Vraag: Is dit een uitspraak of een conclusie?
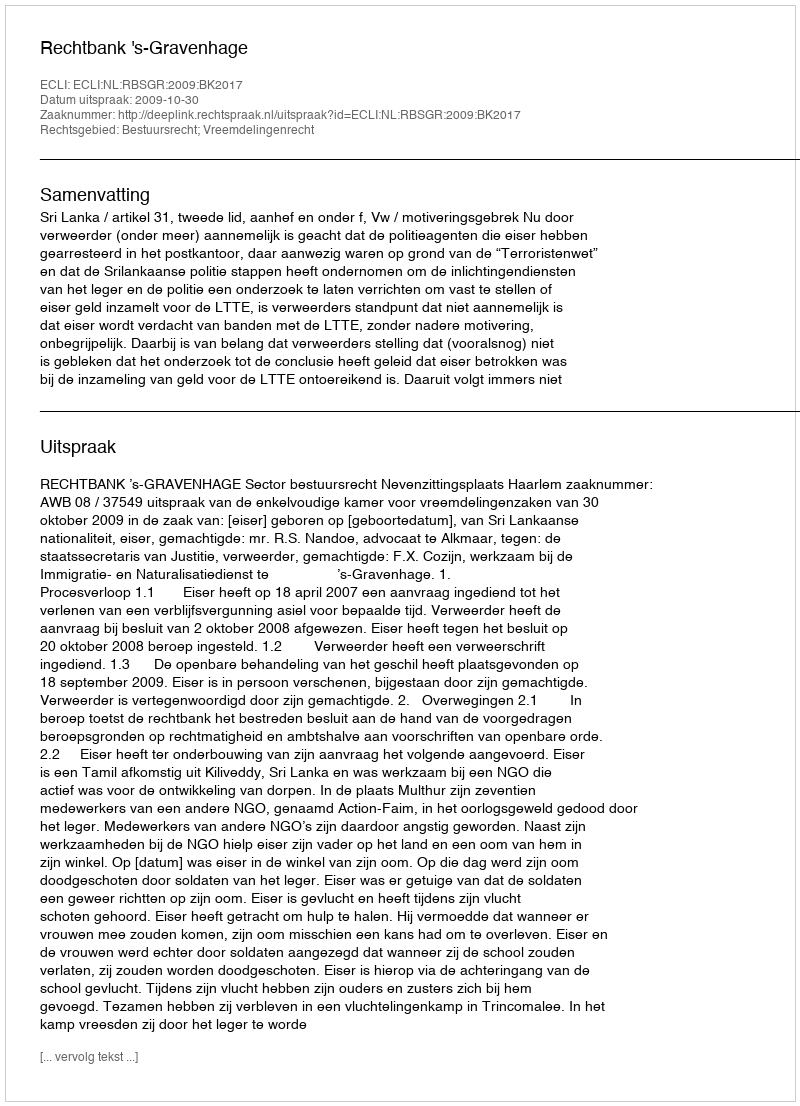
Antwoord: Uitspraak